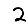
Digit: 2